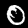
Label: 0